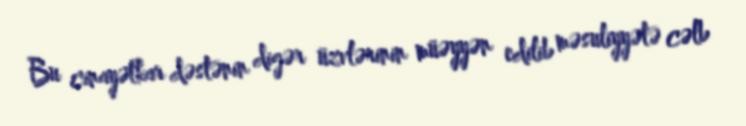
Bu cinayətkar dəstənin digər üzvlərinin müəyyən edilib məsuliyyətə cəlb